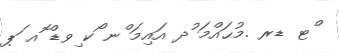
ްޓ ޑރ .މުޙައްމަ ުދ އައިމަ ްނ ޯކ ިވޑް ޮއ ަޕ